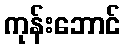
ကုန်းဘောင်